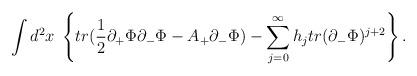
LaTeX: \begin{align*}\int d^{2}x \;\left\{tr(\frac{1}{2}\partial_{+}\Phi\partial_{-}\Phi- A_{+}\partial_{-}\Phi) -\sum_{j=0}^{\infty}h_{j}tr(\partial_{-}\Phi)^{j+2}\right\}.\end{align*}